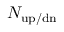
N _ { \mathrm { { u p / d n } } }